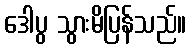
ဒေါပွ သွားမိပြန်သည်။